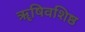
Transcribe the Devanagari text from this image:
ॠषिवशिष्ठ